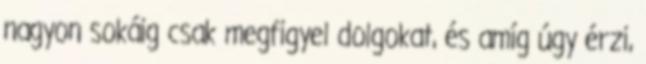
nagyon sokáig csak megfigyel dolgokat, és amíg úgy érzi,